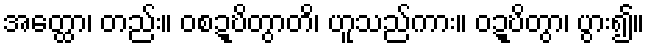
အတ္ထော၊ တည်း။ ဝစဍ္ဎိတွာတိ၊ ဟူသည်ကား။ ဝဍ္ဎိတွာ၊ ပွား၍။